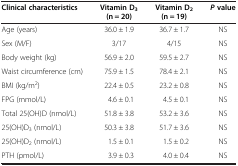
<table><thead><tr><td><b>Clinical characteristics</b></td><td><b>Vitamin D<sub>3 </sub>(n = 20)</b></td><td><b>Vitamin D<sub>2 </sub>(n = 19)</b></td><td><b><i>P </i>value</b></td></tr></thead><tbody><tr><td>Age (years)</td><td>36.0 ± 1.9</td><td>36.7 ± 1.7</td><td>NS</td></tr><tr><td>Sex (M/F)</td><td>3/17</td><td>4/15</td><td>NS</td></tr><tr><td>Body weight (kg)</td><td>56.9 ± 2.0</td><td>59.5 ± 2.7</td><td>NS</td></tr><tr><td>Waist circumference (cm)</td><td>75.9 ± 1.5</td><td>78.4 ± 2.1</td><td>NS</td></tr><tr><td>BMI (kg/m<sup>2</sup>)</td><td>22.4 ± 0.5</td><td>23.2 ± 0.8</td><td>NS</td></tr><tr><td>FPG (mmol/L)</td><td>4.6 ± 0.1</td><td>4.5 ± 0.1</td><td>NS</td></tr><tr><td>Total 25(OH)D (nmol/L)</td><td>51.8 ± 3.8</td><td>53.2 ± 3.6</td><td>NS</td></tr><tr><td>25(OH)D<sub>3</sub> (nmol/L)</td><td>50.3 ± 3.8</td><td>51.7 ± 3.6</td><td>NS</td></tr><tr><td>25(OH)D<sub>2</sub> (nmol/L)</td><td>1.5 ± 0.1</td><td>1.5 ± 0.2</td><td>NS</td></tr><tr><td>PTH (pmol/L)</td><td>3.9 ± 0.3</td><td>4.0 ± 0.4</td><td>NS</td></tr></tbody></table>